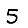
Digit: 5